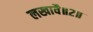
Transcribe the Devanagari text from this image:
लखावै॥२॥